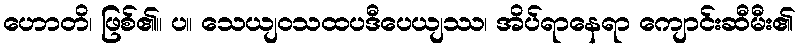
ဟောတိ၊ ဖြစ်၏။ ပ။ သေယျဝသထပဒီပေယျဿ၊ အိပ်ရာနေရာ ကျောင်းဆီမီး၏